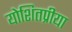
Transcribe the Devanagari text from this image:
योशितप्रीया